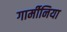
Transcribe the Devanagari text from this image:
गार्मीनिया